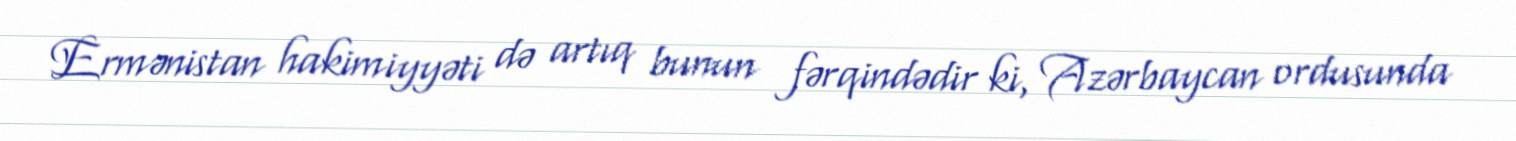
Ermənistan hakimiyyəti də artıq bunun fərqindədir ki, Azərbaycan ordusunda